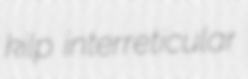
kilp interreticular